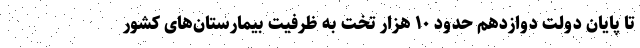
تا پایان دولت دوازدهم حدود ۱۰ هزار تخت به ظرفیت بیمارستان‌های کشور